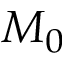
M _ { 0 }